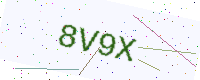
Text: 8V9X